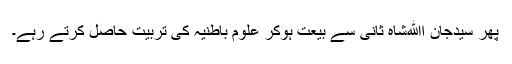
پھر سیدجان اﷲشاہ ثانیؒ سے بیعت ہوکر علوم باطنیہ کی تربیت حاصل کرتے رہے۔